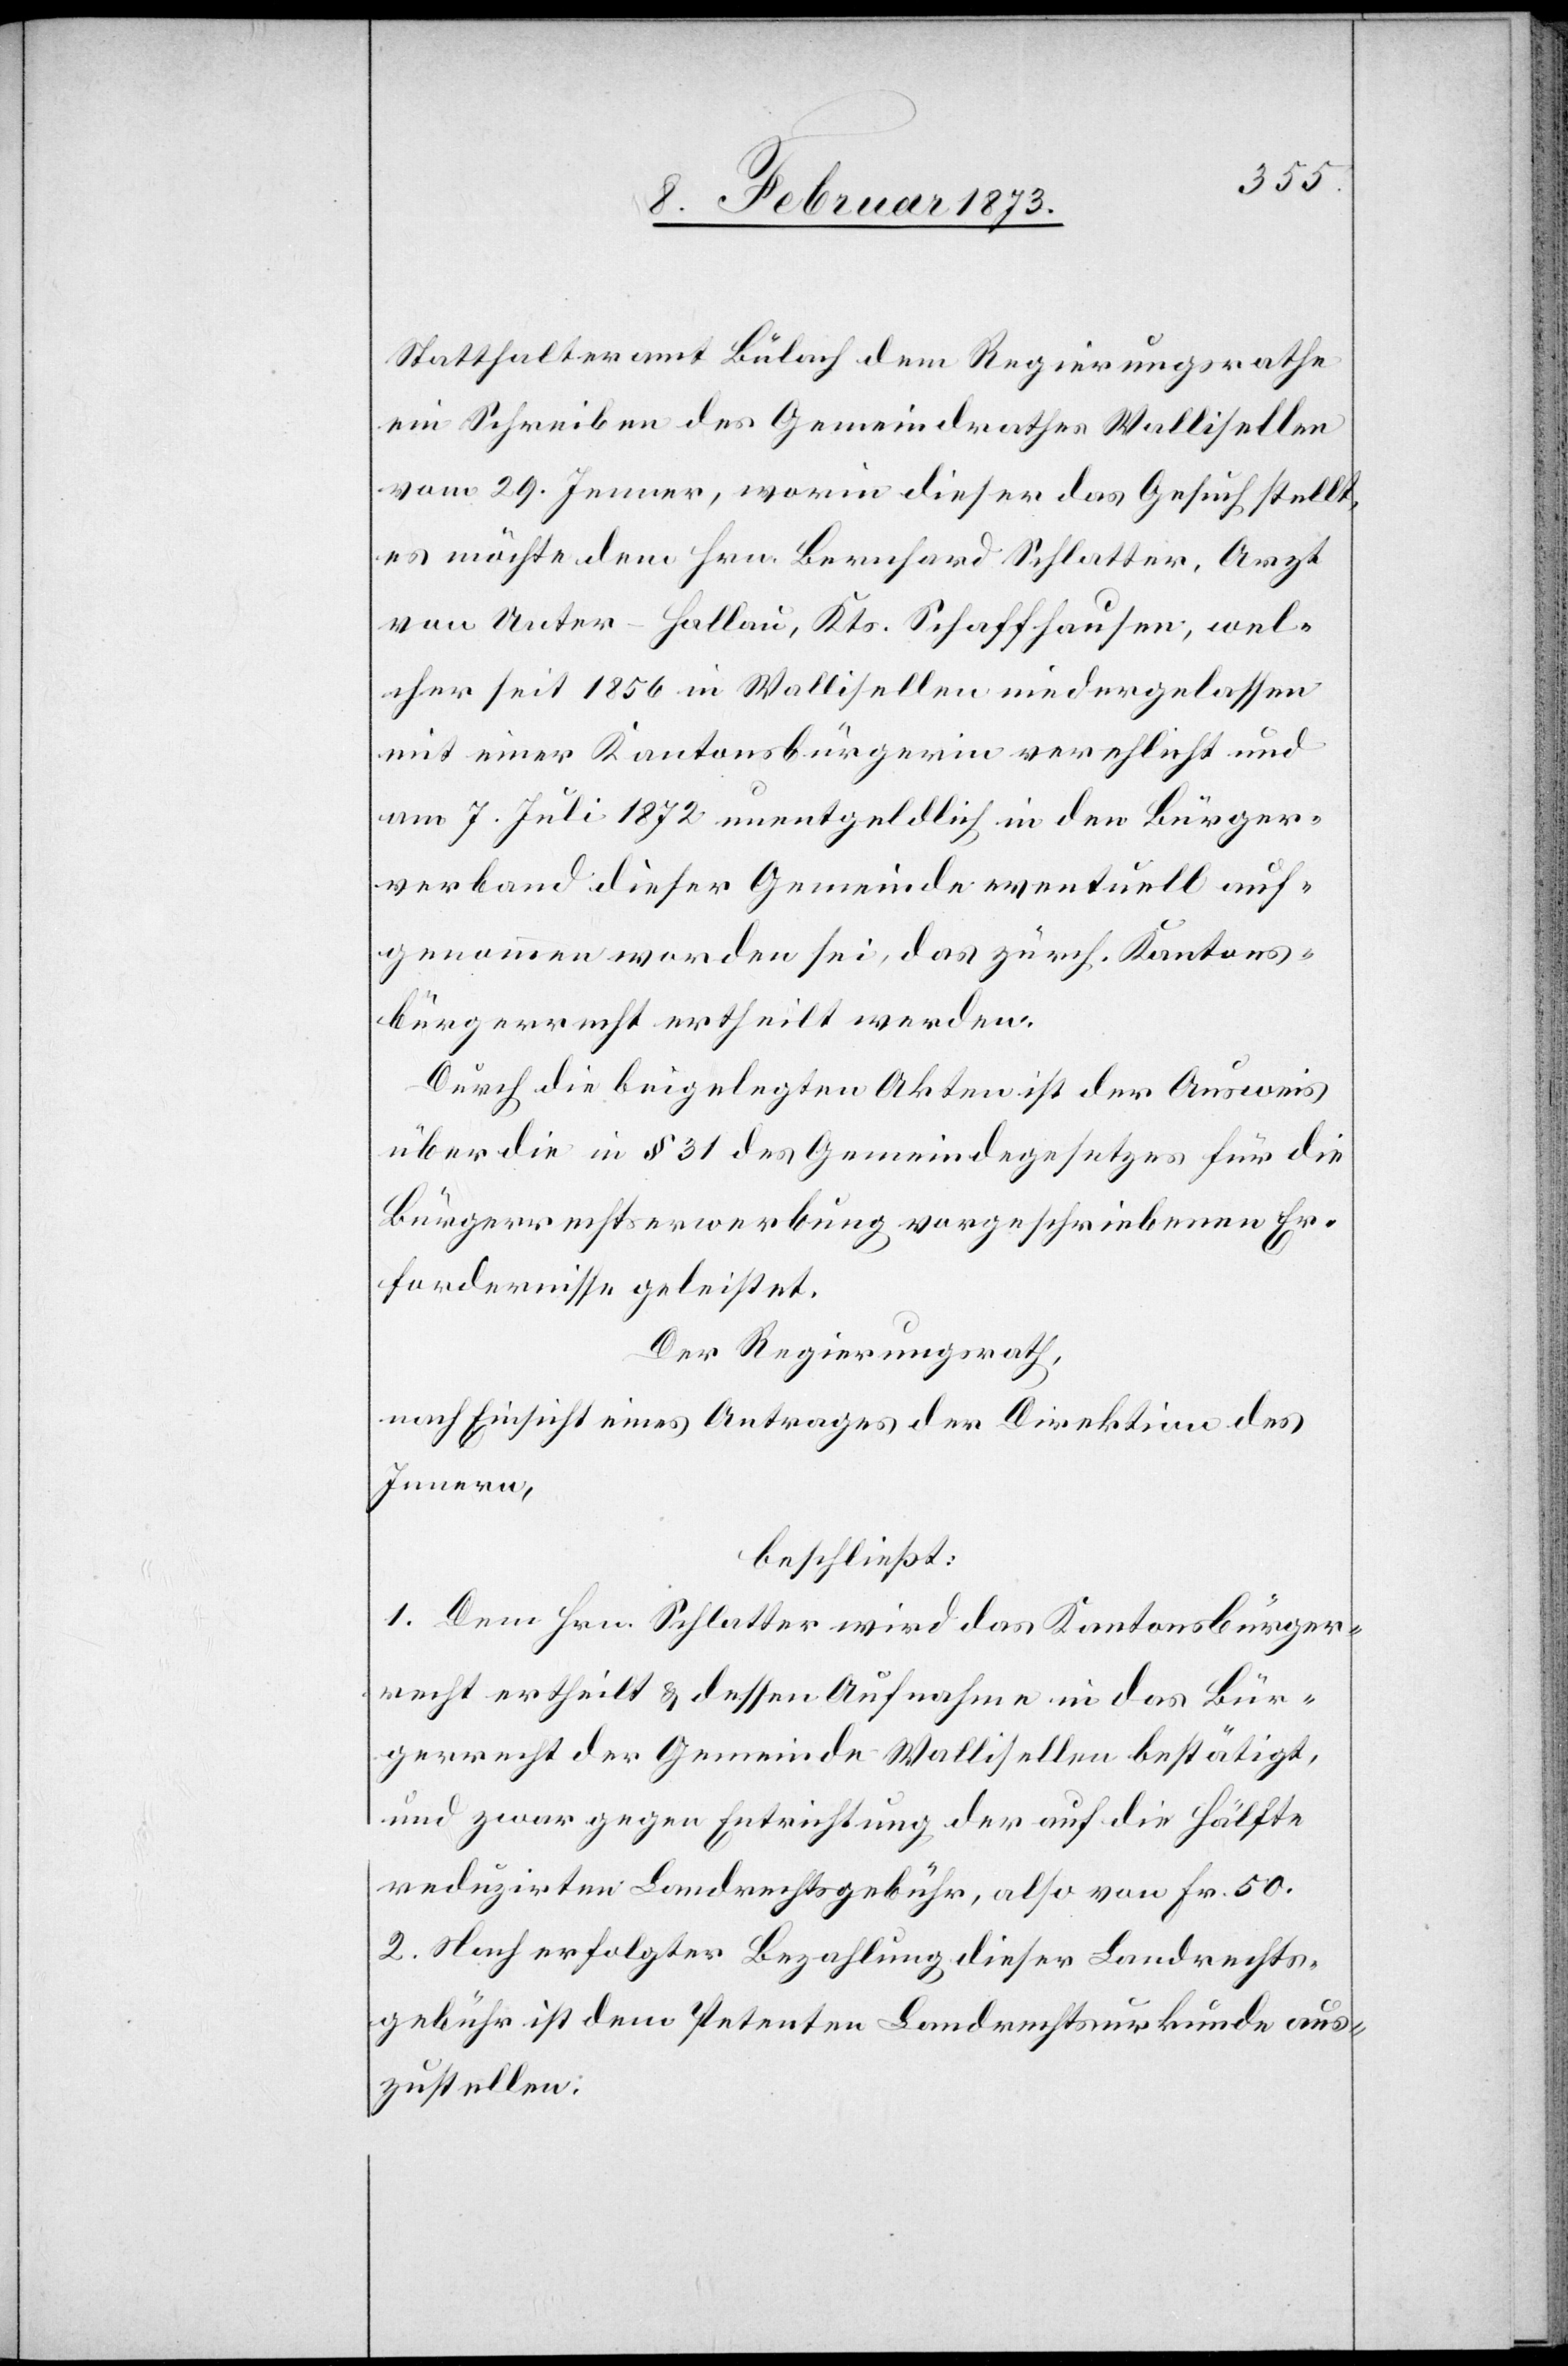
Statthalteramt Bülach dem Regierungsrathe
ein Schreiben des Gemeindrathes Wallisellen
vom 29. Jenner, worin dieser das Gesuch stellt,
es möchte dem Hrn. Bernhard Schlatter, Arzt
von Unter-Hallau, Kts. Schaffhausen, wel¬
cher seit 1856 in Wallisellen niedergelassen[,]
mit einer Kantonsbürgerin verehelicht und
am 7. Juli 1872 unentgeldlich in den Bürger¬
verband dieser Gemeinde eventuell auf¬
genommen worden sei, das zürch. Kantons¬
bürgerrecht ertheilt werden.
Durch die beigelegten Akten ist der Ausweis
über die in § 31 des Gemeindegesetzes für die
Bürgerrechtserwerbung vorgeschriebenen Er¬
fordernisse geleistet.
Der Regierungsrath,
nach Einsicht eines Antrages der Direktion des
Innern,
beschließt:
1. Dem Hrn. Schlatter wird das Kantonsbürger¬
recht ertheilt u. dessen Aufnahme in das Bür¬
gerrecht der Gemeinde Wallisellen bestätigt,
und zwar gegen Entrichtung der auf die Hälfte
reduzirten Landrechtsgebühr, also von Fr. 50.
2. Nach erfolgter Bezahlung dieser Landrechts¬
gebühr ist dem Petenten Landrechtsurkunde aus¬
zustellen.